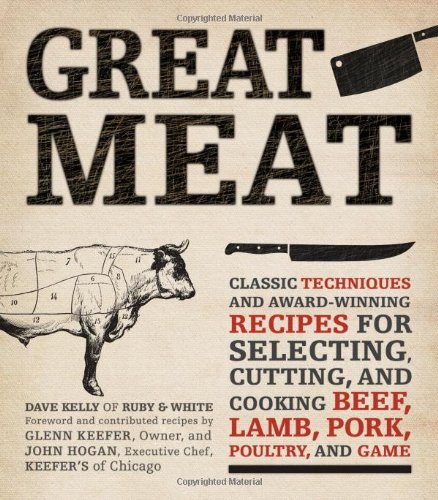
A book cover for Great Meat: Classic Techniques and Award-Winning Recipes for Selecting, Cutting, and Cooking Beef, Lamb, Pork, Poultry, and Game; Dave Kelly; Cookbooks, Food & Wine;